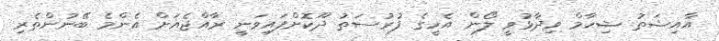
އާއިޝަތު ޝިހާމް ވިދާޅުވީ ލޯން އެހީގެ ފުރުސަތު ދޫކޮށްފައިވަނީ ރާއްޖެއަށް އެންމެ ބޭނުންތެރި